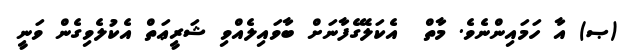
(ޞ) އާ ހަމައިންނެވެ. މާތް  އެކަލޭގެފާނަށް ބާވައިލެއްވި ޝަރީޢަތް އެކުލެވިގެން ވަނީ